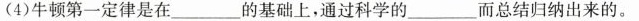
(4)牛顿第一定律是在___的基础上，通过科学的____而总结归纳出来的。